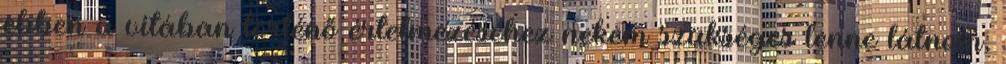
ebben a vitában történő értelmezéséhez nekem szükséges lenne látnom,